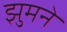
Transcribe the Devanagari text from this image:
झुमने